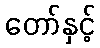
တော်နှင့်